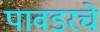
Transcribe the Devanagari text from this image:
पावडरचे